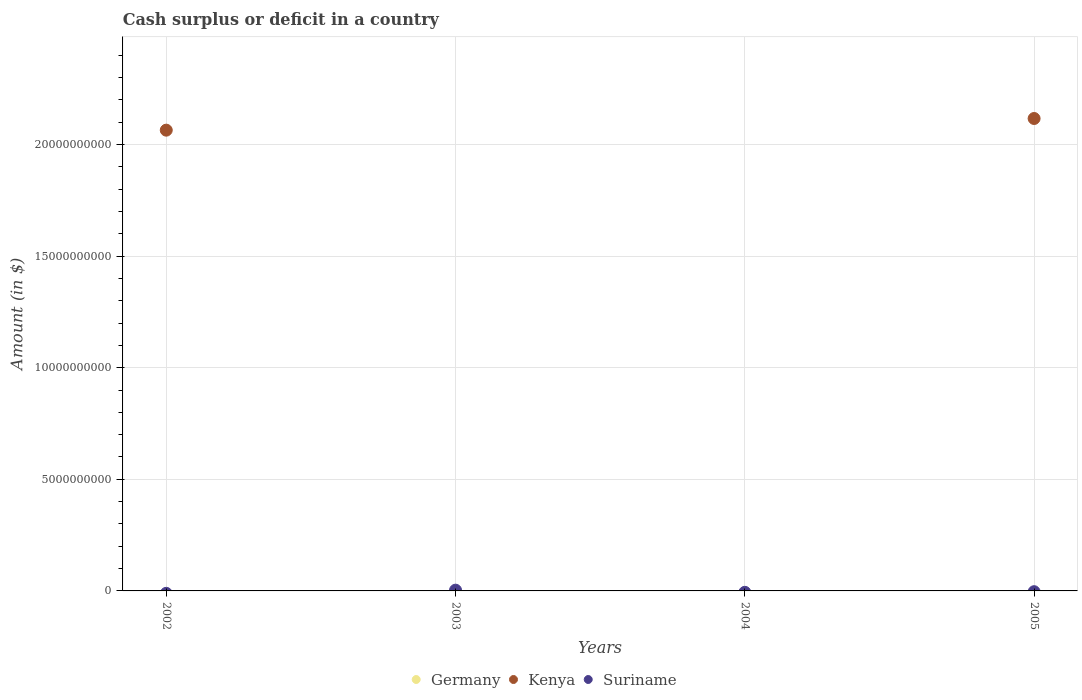
| Years | Germany | Kenya | Suriname |
 | --- | --- | --- | --- |
 | 2002 | -4.36e+10 | 2.06e+10 | -1.08e+08 |
 | 2003 | -4.76e+10 | -2.49e+10 | 3.37e+07 |
 | 2004 | -5.22e+10 | -1.87e+10 | -6.23e+07 |
 | 2005 | -5.18e+10 | 2.12e+10 | -3.46e+07 |